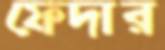
ফেদার